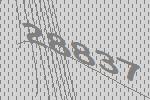
28837